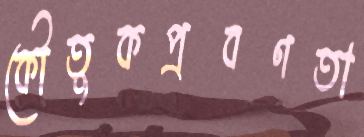
কৌতুকপ্রবণতা